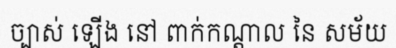
ច្បាស់ ឡើង នៅ ពាក់កណ្តាល នៃ សម័យ